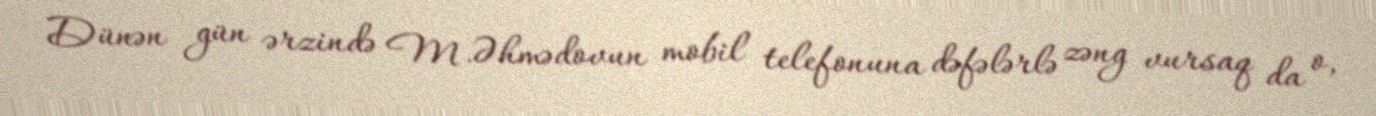
Dünən gün ərzində M.Əhmədovun mobil telefonuna dəfələrlə zəng vursaq da o,